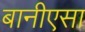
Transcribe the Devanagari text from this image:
बानीएसा